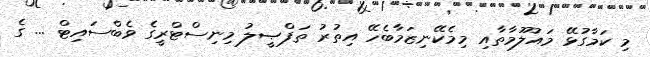
މި ކަމާގުޅޭ މައުލޫމާތާއި މިމެކޭނިޒަމާބެހޭ އިތުރު ތަފްޞީލު މިނިސްޓްރީގެ ވެބްސައިޓް ... ގެ